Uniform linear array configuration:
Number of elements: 64
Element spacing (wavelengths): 0.5
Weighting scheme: kaiser
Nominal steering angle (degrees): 30
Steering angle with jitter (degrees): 30.152
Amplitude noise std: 0.05
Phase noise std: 0.05

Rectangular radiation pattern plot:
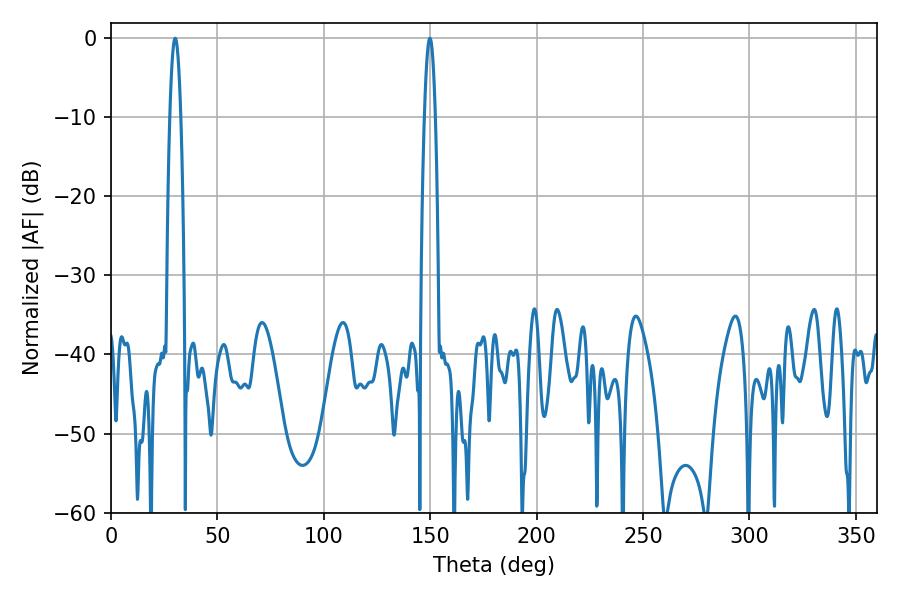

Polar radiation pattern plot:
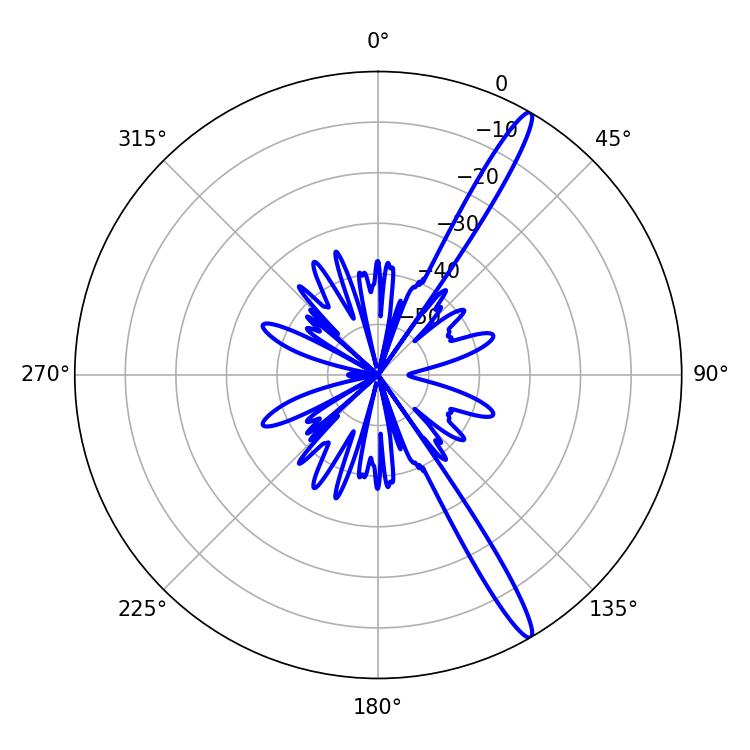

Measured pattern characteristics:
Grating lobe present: FALSE
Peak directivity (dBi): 15.665
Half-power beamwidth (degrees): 2.7
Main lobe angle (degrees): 30.24